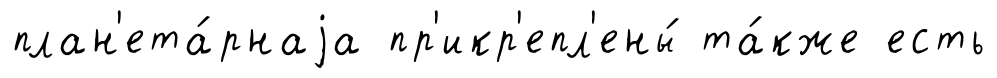
план'ета́рнаjа пр'икр'епл'ены́ та́кже есть